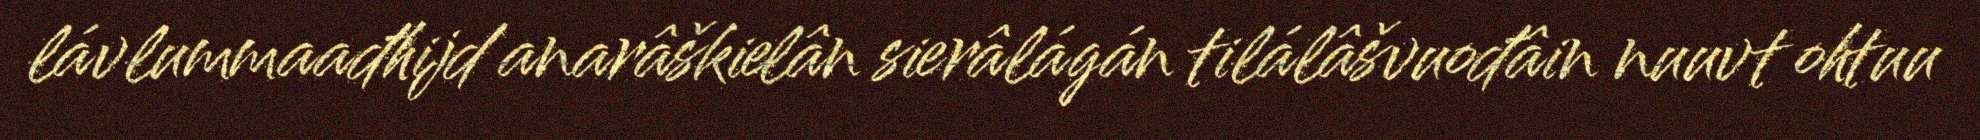
lávlummaađhijd anarâškielân sierâlágán tilálâšvuođâin nuuvt ohtuu